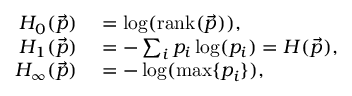
\begin{array} { r l } { H _ { 0 } ( \vec { p } ) } & { { } = \log ( \mathrm { r a n k } ( \vec { p } ) ) , } \\ { H _ { 1 } ( \vec { p } ) } & { { } = - \sum _ { i } p _ { i } \log ( p _ { i } ) = H ( \vec { p } ) , } \\ { H _ { \infty } ( \vec { p } ) } & { { } = - \log ( \operatorname* { m a x } \{ p _ { i } \} ) , } \end{array}